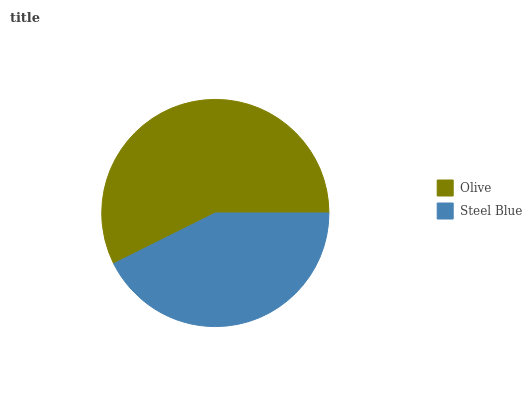
| Olive | Steel Blue |
 | --- | --- |
 | 57.3% | 42.7% |